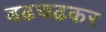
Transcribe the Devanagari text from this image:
बढचढकर